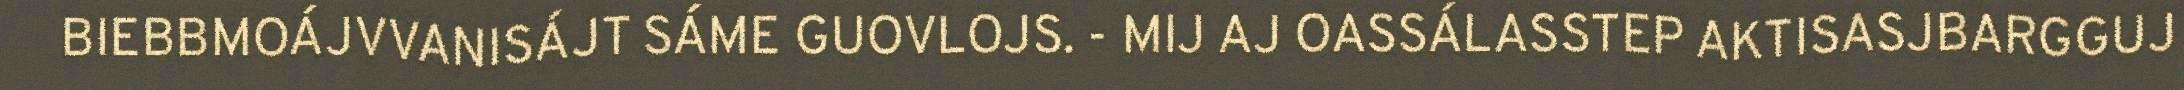
BIEBBMOÁJVVANISÁJT SÁME GUOVLOJS. - MIJ AJ OASSÁLASSTEP AKTISASJBARGGUJ